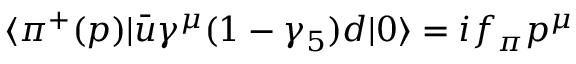
\langle \pi ^ { + } ( p ) | \bar { u } \gamma ^ { \mu } ( 1 - \gamma _ { 5 } ) d | 0 \rangle = i f _ { \pi } p ^ { \mu }